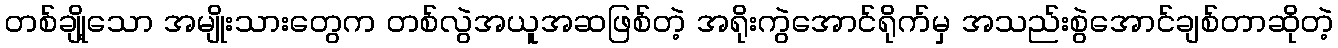
တစ်ချို့သော အမျိုးသားတွေက တစ်လွဲအယူအဆဖြစ်တဲ့ အရိုးကွဲအောင်ရိုက်မှ အသည်းစွဲအောင်ချစ်တာဆိုတဲ့